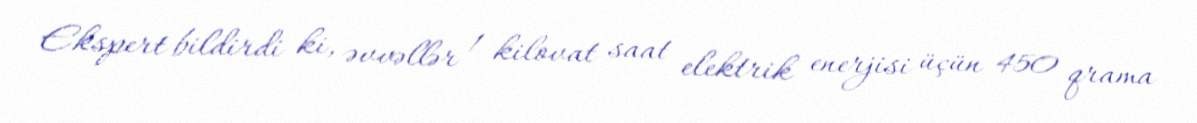
Ekspert bildirdi ki, əvvəllər 1 kilovat saat elektrik enerjisi üçün 450 qrama